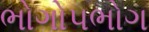
ભોગોપભોગ